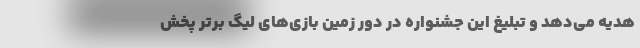
هدیه می‌دهد و تبلیغ این جشنواره در دور زمین بازی‌های لیگ برتر پخش